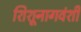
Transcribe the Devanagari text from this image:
शिशूनागवंशी